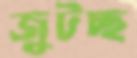
জুটচ্ছ